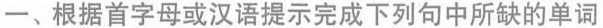
一、根据首字母或汉语提示完成下列句中所缺的单词